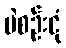
ပဲစဉ်းငုံ